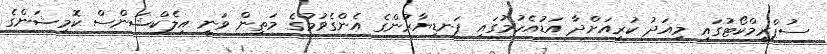
ސުޕްރީމްކޯޓުގައި މިއަދު ކުރިއަށްދާ އަޑުއެހުމުގައި ފަނޑިޔާރުންގެ އެންގެވުމުގެ މަތިން ވަނީ އިލެކްޝަންސް ކޮމިޝަންގެ